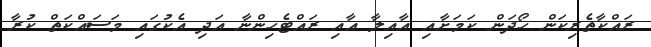
ރައްކާތެރިކަން ހޯދަން ކަމަށާއި އާއިލާ އާއި ރައްޓެހިންނާ އަދި އެކުގައި މަސައްކަތް ކުރާ